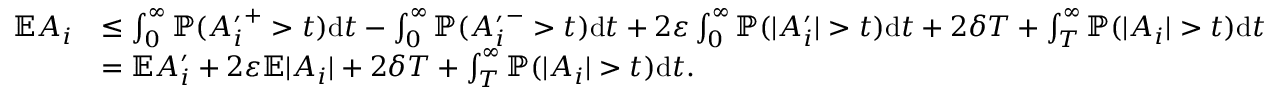
\begin{array} { r l } { \mathbb { E } A _ { i } } & { \leq \int _ { 0 } ^ { \infty } { \mathbb { P } } ( { A _ { i } ^ { \prime } } ^ { + } > t ) \mathrm { d } t - \int _ { 0 } ^ { \infty } { \mathbb { P } } ( { A _ { i } ^ { \prime } } ^ { - } > t ) \mathrm { d } t + 2 \varepsilon \int _ { 0 } ^ { \infty } { \mathbb { P } } ( | A _ { i } ^ { \prime } | > t ) \mathrm { d } t + 2 \delta T + \int _ { T } ^ { \infty } { \mathbb { P } } ( | A _ { i } | > t ) \mathrm { d } t } \\ & { = \mathbb { E } A _ { i } ^ { \prime } + 2 \varepsilon \mathbb { E } | A _ { i } | + 2 \delta T + \int _ { T } ^ { \infty } { \mathbb { P } } ( | A _ { i } | > t ) \mathrm { d } t . } \end{array}